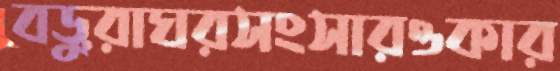
বড়ুরাঘরসংসারওকার